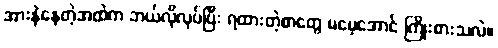
အားနဲနေတဲ့အထဲက ဘယ်လိုလုပ်ပြီး ရထားတဲ့စာတွေ မမေ့အောင် ကြိုးစားသလဲ။